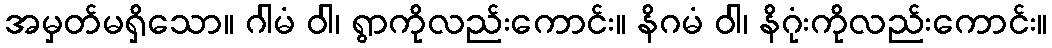
အမှတ်မရှိသော။ ဂါမံ ဝါ၊ ရွာကိုလည်းကောင်း။ နိဂမံ ဝါ၊ နိဂုံးကိုလည်းကောင်း။